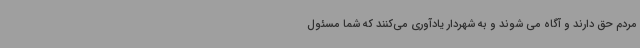
مردم حق دارند و آگاه می شوند و به شهردار یادآوری می‌کنند که شما مسئول